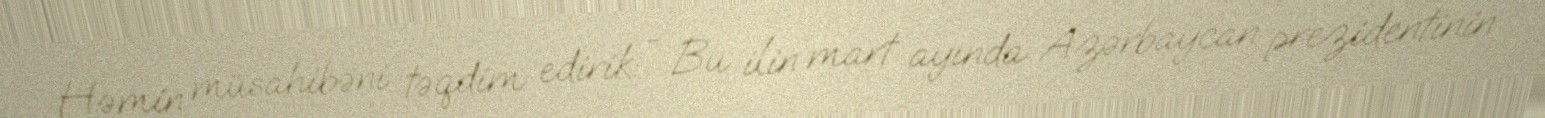
Həmin müsahibəni təqdim edirik: - Bu ilin mart ayında Azərbaycan prezidentinin